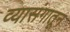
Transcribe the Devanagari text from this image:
व्यासंगातून